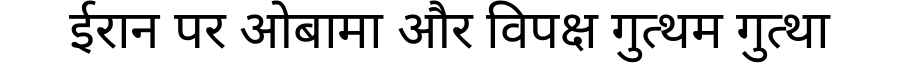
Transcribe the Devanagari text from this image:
ईरान पर ओबामा और विपक्ष गुत्थम गुत्था